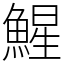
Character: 鯹